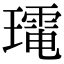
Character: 𭺀